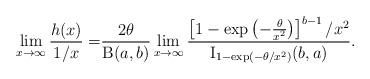
\begin{align*}\lim_{x\to\infty}\frac{h(x)}{1/x}=&\frac{2\theta}{\operatorname{B}(a,b)}\lim_{x\to\infty}\frac{\left[ 1-\exp\left(-\frac{\theta}{x^2}\right) \right]^{b-1}/x^2}{\operatorname{I}_{1-\exp(-\theta/x^2)}(b,a)}.\end{align*}